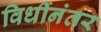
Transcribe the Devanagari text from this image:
विधींनंतर